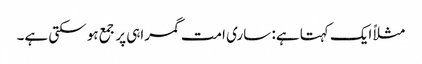
مثلاً ایک کہتا ہے: ساری امت گمراہی پر جمع ہو سکتی ہے۔